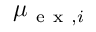
\mu _ { \mathrm { ~ e ~ x ~ } , i }